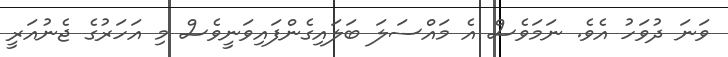
ވަނަ ދުވަހު އެވެ. ނަމަވެސް އެ މައްސަލަ ބަލައިގެންފައިވަނީވެސް މި އަހަރުގެ ޖެނުއަރީ